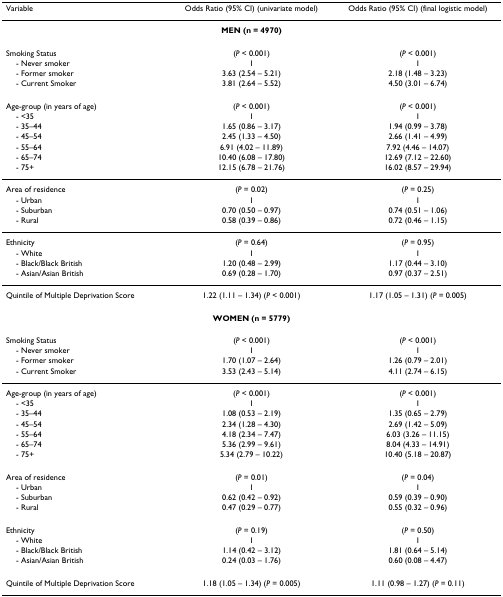
<table><thead><tr><td><b>Variable</b></td><td><b>Odds Ratio (95% CI) (univariate model)</b></td><td><b>Odds Ratio (95% CI) (final logistic model)</b></td></tr></thead><tbody><tr><td colspan="3"><b>MEN (n = 4970)</b></td></tr><tr><td>Smoking Status</td><td>(<i>P </i>&lt; 0.001)</td><td>(<i>P </i>&lt; 0.001)</td></tr><tr><td> - Never smoker</td><td>1</td><td>1</td></tr><tr><td> - Former smoker</td><td>3.63 (2.54 – 5.21)</td><td>2.18 (1.48 – 3.23)</td></tr><tr><td> - Current Smoker</td><td>3.81 (2.64 – 5.52)</td><td>4.50 (3.01 – 6.74)</td></tr><tr><td>Age-group (in years of age)</td><td>(<i>P </i>&lt; 0.001)</td><td>(<i>P </i>&lt; 0.001)</td></tr><tr><td> - &lt;35</td><td>1</td><td>1</td></tr><tr><td> - 35–44</td><td>1.65 (0.86 – 3.17)</td><td>1.94 (0.99 – 3.78)</td></tr><tr><td> - 45–54</td><td>2.45 (1.33 – 4.50)</td><td>2.66 (1.41 – 4.99)</td></tr><tr><td> - 55–64</td><td>6.91 (4.02 – 11.89)</td><td>7.92 (4.46 – 14.07)</td></tr><tr><td> - 65–74</td><td>10.40 (6.08 – 17.80)</td><td>12.69 (7.12 – 22.60)</td></tr><tr><td> - 75+</td><td>12.15 (6.78 – 21.76)</td><td>16.02 (8.57 – 29.94)</td></tr><tr><td>Area of residence</td><td>(<i>P </i>= 0.02)</td><td>(<i>P </i>= 0.25)</td></tr><tr><td> - Urban</td><td>1</td><td>1</td></tr><tr><td> - Suburban</td><td>0.70 (0.50 – 0.97)</td><td>0.74 (0.51 – 1.06)</td></tr><tr><td> - Rural</td><td>0.58 (0.39 – 0.86)</td><td>0.72 (0.46 – 1.15)</td></tr><tr><td>Ethnicity</td><td>(<i>P </i>= 0.64)</td><td>(<i>P </i>= 0.95)</td></tr><tr><td> - White</td><td>1</td><td>1</td></tr><tr><td> - Black/Black British</td><td>1.20 (0.48 – 2.99)</td><td>1.17 (0.44 – 3.10)</td></tr><tr><td> - Asian/Asian British</td><td>0.69 (0.28 – 1.70)</td><td>0.97 (0.37 – 2.51)</td></tr><tr><td>Quintile of Multiple Deprivation Score</td><td>1.22 (1.11 – 1.34) (<i>P </i>&lt; 0.001)</td><td>1.17 (1.05 – 1.31) (<i>P </i>= 0.005)</td></tr><tr><td colspan="3"><b>WOMEN (n = 5779)</b></td></tr><tr><td>Smoking Status</td><td>(<i>P </i>&lt; 0.001)</td><td>(<i>P </i>&lt; 0.001)</td></tr><tr><td> - Never smoker</td><td>1</td><td>1</td></tr><tr><td> - Former smoker</td><td>1.70 (1.07 – 2.64)</td><td>1.26 (0.79 – 2.01)</td></tr><tr><td> - Current Smoker</td><td>3.53 (2.43 – 5.14)</td><td>4.11 (2.74 – 6.15)</td></tr><tr><td>Age-group (in years of age)</td><td>(<i>P </i>&lt; 0.001)</td><td>(<i>P </i>&lt; 0.001)</td></tr><tr><td> - &lt;35</td><td>1</td><td>1</td></tr><tr><td> - 35–44</td><td>1.08 (0.53 – 2.19)</td><td>1.35 (0.65 – 2.79)</td></tr><tr><td> - 45–54</td><td>2.34 (1.28 – 4.30)</td><td>2.69 (1.42 – 5.09)</td></tr><tr><td> - 55–64</td><td>4.18 (2.34 – 7.47)</td><td>6.03 (3.26 – 11.15)</td></tr><tr><td> - 65–74</td><td>5.36 (2.99 – 9.61)</td><td>8.04 (4.33 – 14.91)</td></tr><tr><td> - 75+</td><td>5.34 (2.79 – 10.22)</td><td>10.40 (5.18 – 20.87)</td></tr><tr><td>Area of residence</td><td>(<i>P </i>= 0.01)</td><td>(<i>P </i>= 0.04)</td></tr><tr><td> - Urban</td><td>1</td><td>1</td></tr><tr><td> - Suburban</td><td>0.62 (0.42 – 0.92)</td><td>0.59 (0.39 – 0.90)</td></tr><tr><td> - Rural</td><td>0.47 (0.29 – 0.77)</td><td>0.55 (0.32 – 0.96)</td></tr><tr><td>Ethnicity</td><td>(<i>P </i>= 0.19)</td><td>(<i>P </i>= 0.50)</td></tr><tr><td> - White</td><td>1</td><td>1</td></tr><tr><td> - Black/Black British</td><td>1.14 (0.42 – 3.12)</td><td>1.81 (0.64 – 5.14)</td></tr><tr><td> - Asian/Asian British</td><td>0.24 (0.03 – 1.76)</td><td>0.60 (0.08 – 4.47)</td></tr><tr><td>Quintile of Multiple Deprivation Score</td><td>1.18 (1.05 – 1.34) (<i>P </i>= 0.005)</td><td>1.11 (0.98 – 1.27) (<i>P </i>= 0.11)</td></tr></tbody></table>